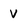
Character: V